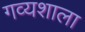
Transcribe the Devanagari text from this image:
गव्यशाला